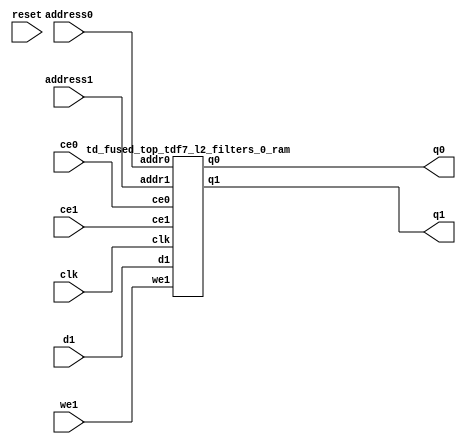
`define EXPONENT 5
`define MANTISSA 10
`define ACTUAL_MANTISSA 11
`define EXPONENT_LSB 10
`define EXPONENT_MSB 14
`define MANTISSA_LSB 0
`define MANTISSA_MSB 9
`define MANTISSA_MUL_SPLIT_LSB 3
`define MANTISSA_MUL_SPLIT_MSB 9
`define SIGN 1
`define SIGN_LOC 15
`define DWIDTH (`SIGN+`EXPONENT+`MANTISSA)
`define IEEE_COMPLIANCE 1

module td_fused_top_tdf7_l2_filters_0(
    reset,
    clk,
    address0,
    ce0,
    q0,
    address1,
    ce1,
    we1,
    d1,
    q1);

parameter DataWidth = 32'd16;
parameter AddressRange = 32'd4096;
parameter AddressWidth = 32'd12;
input reset;
input clk;
input[AddressWidth - 1:0] address0;
input ce0;
output[DataWidth - 1:0] q0;
input[AddressWidth - 1:0] address1;
input ce1;
input we1;
input[DataWidth - 1:0] d1;
output[DataWidth - 1:0] q1;



td_fused_top_tdf7_l2_filters_0_ram td_fused_top_tdf7_l2_filters_0_ram_U(
    .clk( clk ),
    .addr0( address0 ),
    .ce0( ce0 ),
    .q0( q0 ),
    .addr1( address1 ),
    .ce1( ce1 ),
    .we1( we1 ),
    .d1( d1 ),
    .q1( q1 )
);

endmodule
module td_fused_top_tdf7_l2_filters_0_ram (addr0, ce0, q0, addr1, ce1, d1, we1, q1,  clk);

parameter DWIDTH = 16;
parameter AWIDTH = 12;
parameter MEM_SIZE = 4096;

input[AWIDTH-1:0] addr0;
input ce0;
output reg[DWIDTH-1:0] q0;
input[AWIDTH-1:0] addr1;
input ce1;
input[DWIDTH-1:0] d1;
input we1;
output reg[DWIDTH-1:0] q1;
input clk;

 reg [DWIDTH-1:0] ram[MEM_SIZE-1:0];




always @(posedge clk)  
begin 
    if (ce0) begin
        q0 <= ram[addr0];
    end
end


always @(posedge clk)  
begin 
    if (ce1) begin
        if (we1) 
            ram[addr1] <= d1; 
        q1 <= ram[addr1];
    end
end


endmodule